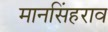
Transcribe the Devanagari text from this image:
मानसिंहराव